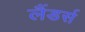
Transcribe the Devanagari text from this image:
लैंडर्स